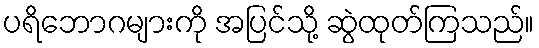
ပရိဘောဂများကို အပြင်သို့ ဆွဲထုတ်ကြသည်။